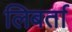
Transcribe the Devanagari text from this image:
लिबर्ता